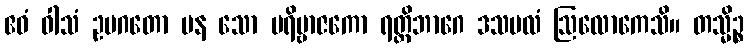
ဧဝံ ဝါသံ ဥပဂတော ပန သော ပရိဗ္ဗာဇကော ရတ္တိဘာဂေ ဒသဗလံ ဩလောကေသိ။ တသ္မိဉ္စ